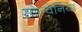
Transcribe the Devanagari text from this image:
सोल्वेनिया